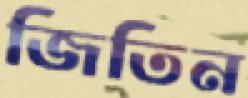
জিতিন